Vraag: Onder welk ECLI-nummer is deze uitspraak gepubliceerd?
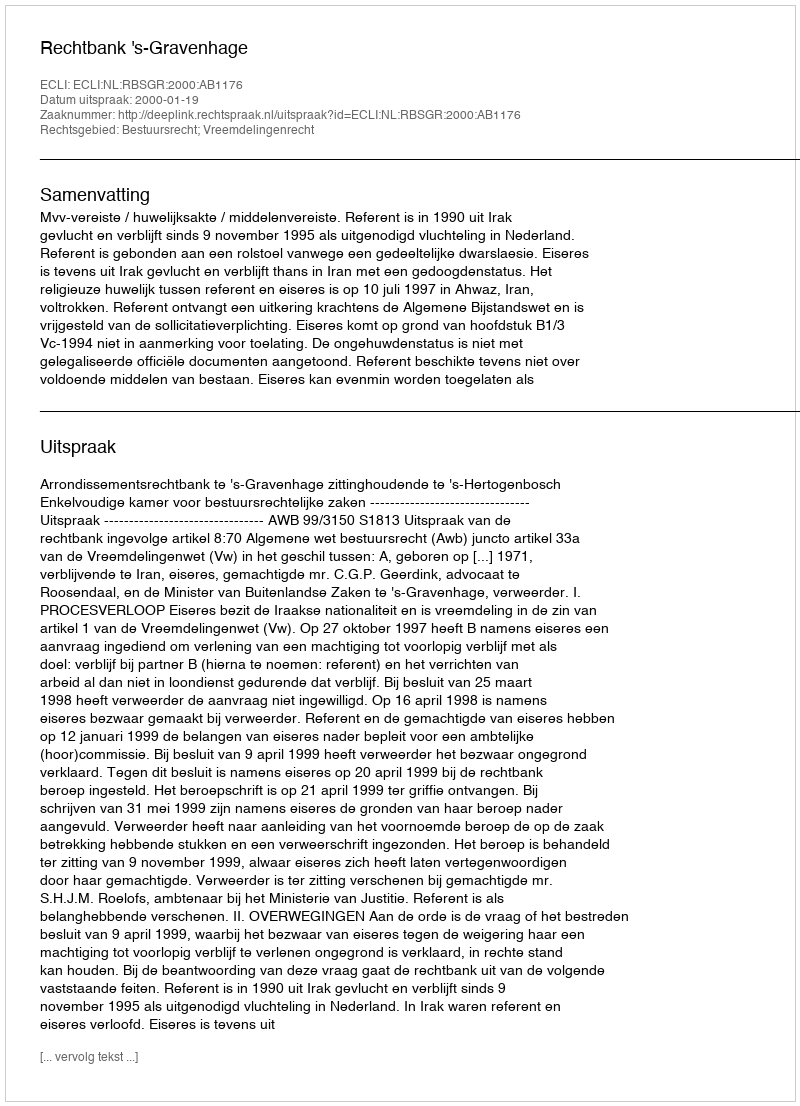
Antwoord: ECLI:NL:RBSGR:2000:AB1176